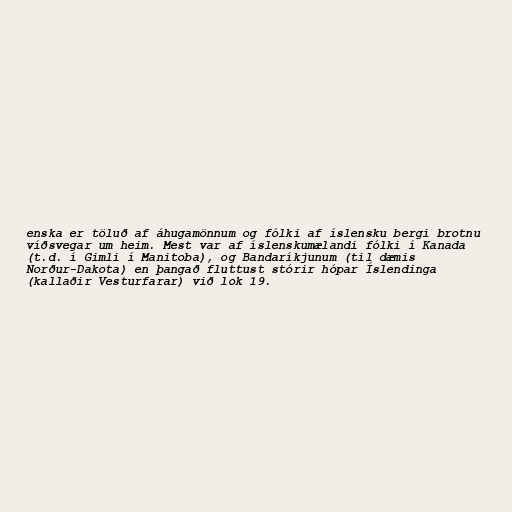
enska er töluð af áhugamönnum og fólki af íslensku bergi brotnu
víðsvegar um heim. Mest var af íslenskumælandi fólki í Kanada
(t.d. í Gimli í Manitoba), og Bandaríkjunum (til dæmis
Norður-Dakota) en þangað fluttust stórir hópar Íslendinga
(kallaðir Vesturfarar) við lok 19.